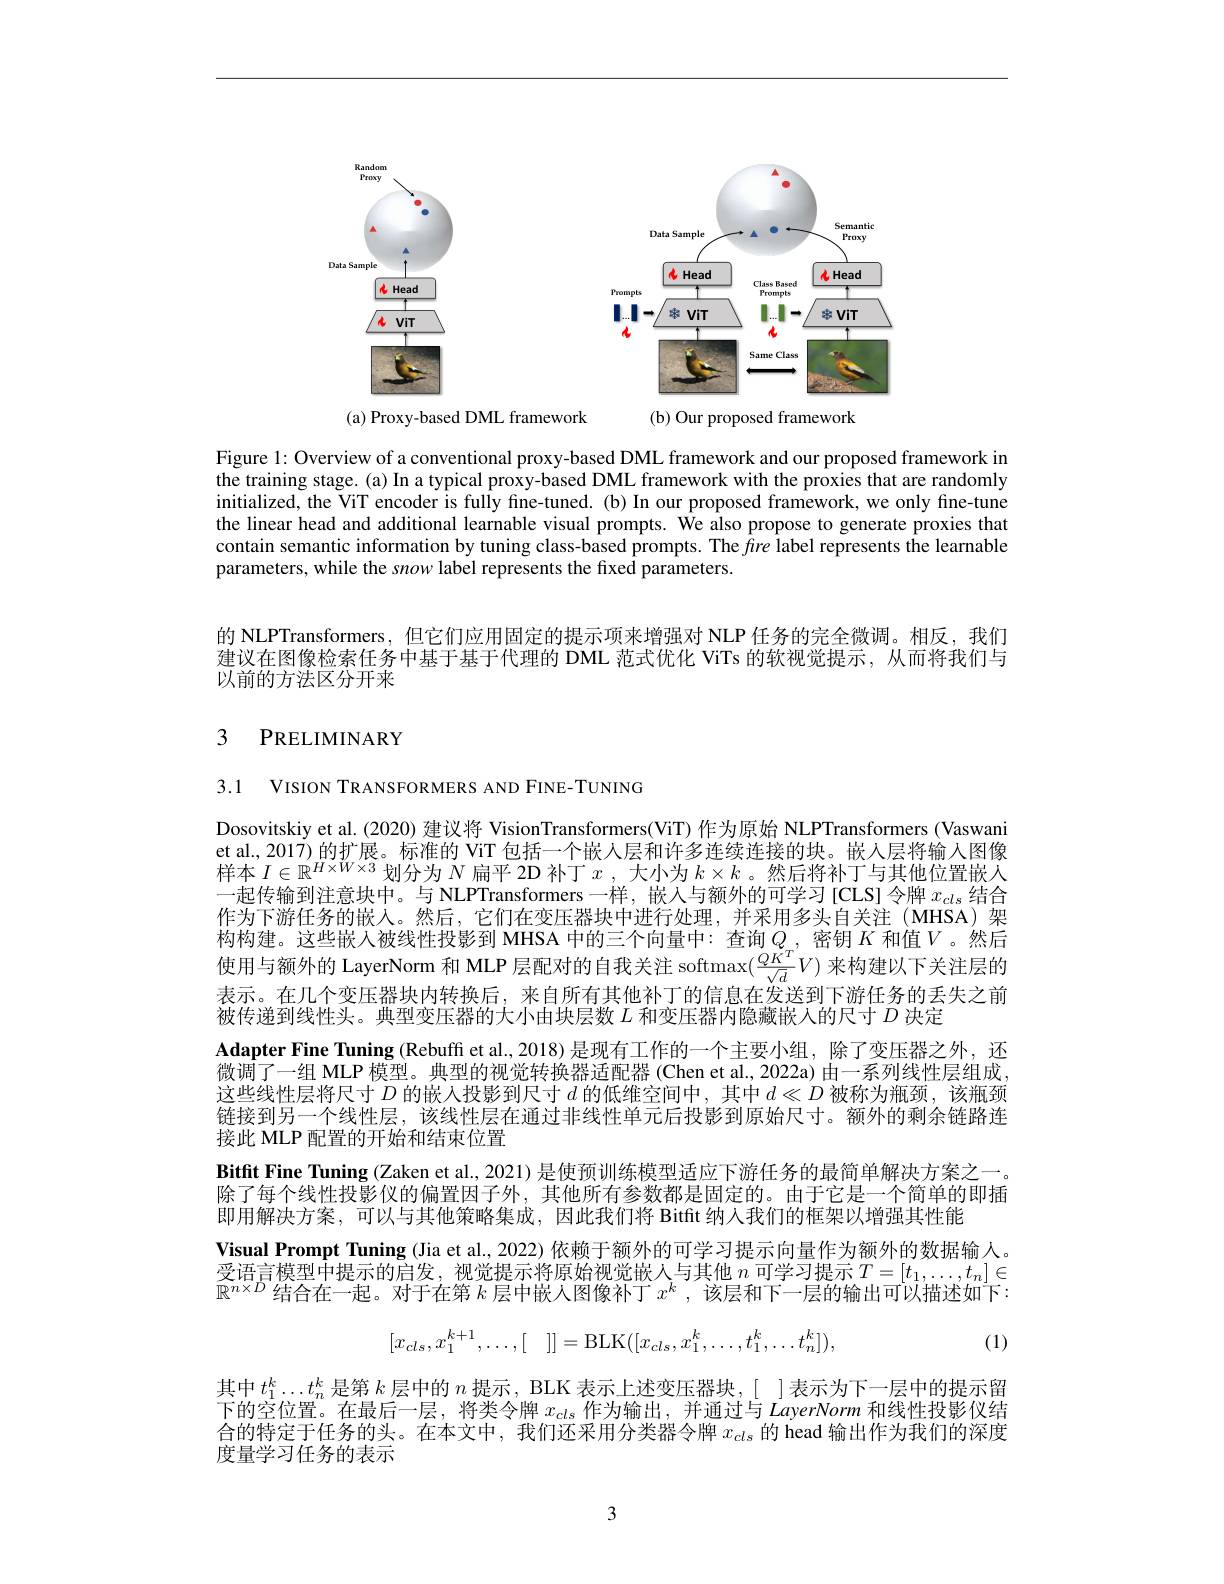
<FigureHere>
(a) Proxy-based DML framework
(b) Our proposed framework

Figure 1: Overview of a conventional proxy-based DML framework and our proposed framework in the training stage. (a) In a typical proxy-based DML framework with the proxies that are randomly initialized, the ViT encoder is fully fine-tuned. (b) In our proposed framework, we only fine-tune the linear head and additional learnable visual prompts. We also propose to generate proxies that contain semantic information by tuning class-based prompts. The fire label represents the learnable parameters, while the snow label represents the fixed parameters.

的 NLPTransformers, 但它们应用固定的提示项来增强对 NLP 任务的完全微调。相反，我们建议在图像检索任务中基于基于代理的 DML 范式优化 ViTs 的软视觉提示，从而将我们与以前的方法区分开来

## 3 PRELIMINARY

3.1 VISION TRANSFORMERS AND FINE-TUNING

Dosovitskiy et al. (2020) 建议将 VisionTransformers(ViT) 作为原始 NLPTransformers (Vaswani et al., 2017) 的扩展。标准的 ViT 包括一个嵌人层和许多连续连接的块。嵌入层将输入图像样本$I\in\mathbb{R}^{H\times W\times3}$划分为$N$扁平2D补丁$x$,大小为$k\times k$。然后将补丁与其他位置嵌人一起传输到注意块中。与 NLPTransformers 一样，嵌人与额外的可学习[CLS] 令牌$x_{cls}$结合作为下游任务的嵌人。然后，它们在变压器块中进行处理，并采用多头自关注(MHSA)架构构建。这些嵌人被线性投影到 MHSA 中的三个向量中：查询$Q_{_T}$,密钥$K$ 和值$V$。然后使用与额外的 LayerNorm 和 MLP 层配对的自我关注 softmax$(\frac{QK^T}{\sqrt{d}}V)$来构建以下关注层的表示。在几个变压器块内转换后，来自所有其他补丁的信息在发送到下游任务的丢失之前被传递到线性头。典型变压器的大小由块层数$L$和变压器内隐藏嵌人的尺寸$D$决定
Adapter Fine Tuning (Rebuff et al., 2018) 是现有工作的一个主要小组，除了变压器之外，还微调了一组 MLP 模型。典型的视觉转换器适配器 (Chen et al., 2022a) 由一系列线性层组成， 这些线性层将尺寸$D$的嵌人投影到尺寸$d$的低维空间中，其中$d\ll D$被称为瓶颈，该瓶颈链接到另一个线性层，该线性层在通过非线性单元后投影到原始尺寸。额外的剩余链路连接此 MLP 配置的开始和结束位置
Bitfit Fine Tuning (Zaken et al., 2021) 是使预训练模型适应下游任务的最简单解决方案之一， 除了每个线性投影仪的偏置因子外，其他所有参数都是固定的。由于它是一个简单的即插即用解决方案，可以与其他策略集成，因此我们将 Bitfit 纳入我们的框架以增强其性能
Visual Prompt Tuning (Jia et al., 2022) 依赖于额外的可学习提示向量作为额外的数据输入。受语言模型中提示的启发，视觉提示将原始视觉嵌人与其他$n$可学习提示$T=[t_1,\ldots,t_n]\in$ $\mathbb{R}^{n\times D}$结合在一起。对于在第$k$层中嵌人图像补丁$x^k$ ,该层和下一层的输出可以描述如下：
$$[x_{cls},x_1^{k+1},\dots,[\quad]]=\mathrm{BLK}([x_{cls},x_1^k,\dots,t_1^k,\dots t_n^k]),$$
(1)

其中$t_1^k\ldots t_n^k$是第$k$层中的$n$提示 , BLK 表示上述变压器块，[ ]表示为下一层中的提示留下的空位置。在最后一层，将类令牌$x_\mathrm{cls}$作为输出，并通过与LayerNorm和线性投影仪结合的特定于任务的头。在本文中，我们还采用分类器令牌$x_{cls}$的 head 输出作为我们的深度度量学习任务的表示

3